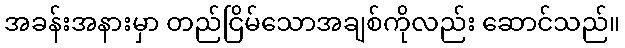
အခန်းအနားမှာ တည်ငြိမ်သောအချစ်ကိုလည်း ဆောင်သည်။